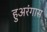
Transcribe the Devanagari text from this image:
हुअरंगास